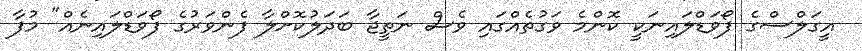
އީގަލްސްގެ ފޯވަޑްލައިނަކީ ކޮންމެ ވަގުތެއްގައި ވެސް ނަތީޖާ ބަދަލުކޮށްލާ ފެންވަރުގެ ފޯވަޑްލައިނެއް" މުފާ